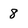
Character: 8